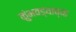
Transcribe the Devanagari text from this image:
कुंभवड्याच्या